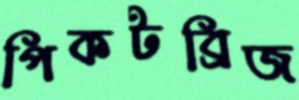
পিকটব্রিজ